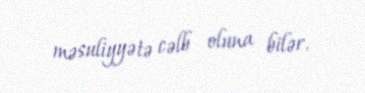
məsuliyyətə cəlb oluna bilər.